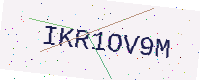
Text: IKR1OV9M